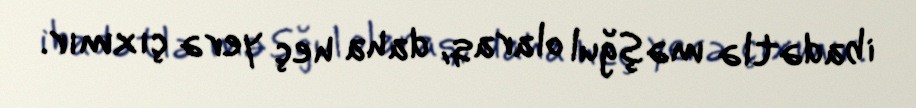
ibadətlə məşğul olaraq, daha heç yerə çıxmır.